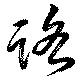
路